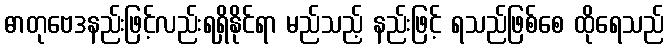
ဓာတုဗေဒနည်းဖြင့်လည်းရရှိနိုင်ရာ မည်သည့် နည်းဖြင့် ရသည်ဖြစ်စေ ထိုရေသည်